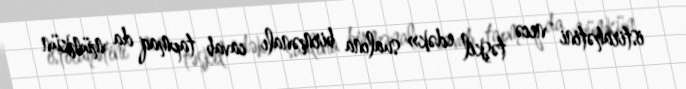
istirahətini necə təşkil edək» sualına birmənalı cavab tapmaq da mümkün